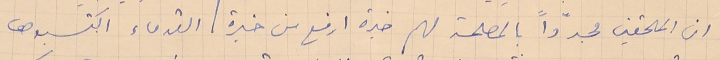
ان الملحقين مجدّداً بالمصلحة لهم خبرة ارفع من خبرة القدماء اكتسبوها